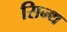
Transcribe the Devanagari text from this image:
सिन्थ